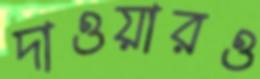
দাওয়ারও